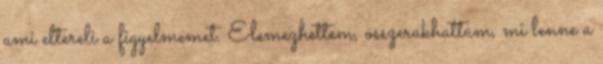
ami eltereli a figyelmemet. Elemezhettem, összerakhattam, mi lenne a